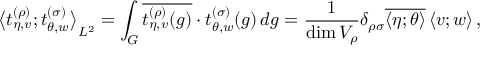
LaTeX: { \bigl < t _ { \eta , v } ^ { ( \rho ) } ; t _ { \theta , w } ^ { ( \sigma ) } \bigr > } _ { L ^ { 2 } } = \int _ { G } \overline { { { t _ { \eta , v } ^ { ( \rho ) } ( g ) } } } \cdot t _ { \theta , w } ^ { ( \sigma ) } ( g ) \, d g = \frac { 1 } { \dim V _ { \rho } } \delta _ { \rho \sigma } \overline { { { \left< \eta ; \theta \right> } } } \left< v ; w \right> ,